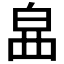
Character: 𤽚